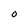
Character: O